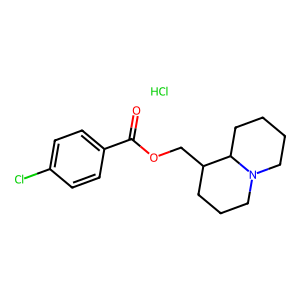
SMILES: Cl.O=C(OCC1CCCN2CCCCC12)c1ccc(Cl)cc1
Inhibits HIV replication: No